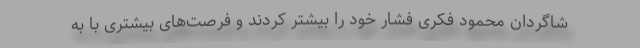
شاگردان محمود فکری فشار خود را بیشتر کردند و فرصت‌های بیشتری با به